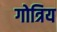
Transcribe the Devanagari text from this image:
गोत्रिय